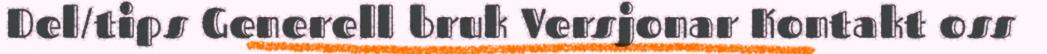
Del/tips Generell bruk Versjonar Kontakt oss